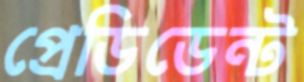
প্রেডিডেন্ট